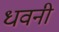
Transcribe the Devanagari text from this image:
धवनी